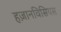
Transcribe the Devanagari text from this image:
हज़ानविसियस